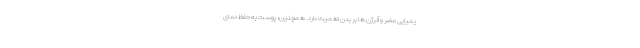
یمیایی مضر و آلرژن ها بر بدن اهمیت دارد. همچنین، پوست به حفظ دمای